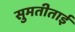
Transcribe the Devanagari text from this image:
सुमतीताई